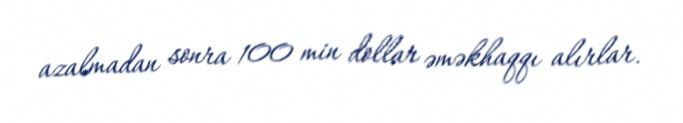
azalmadan sonra 100 min dollar əməkhaqqı alırlar.